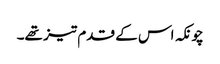
چونکہ اس کے قدم تیز تھے۔